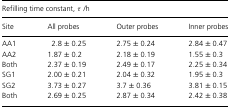
<table><thead><tr><td colspan="4"><b>Refilling time constant, τ/h</b></td></tr><tr><td><b>Site</b></td><td><b>All probes</b></td><td><b>Outer probes</b></td><td><b>Inner probes</b></td></tr></thead><tbody><tr><td>AA1</td><td>2.8 ± 0.25</td><td>2.75 ± 0.24</td><td>2.84 ± 0.47</td></tr><tr><td>AA2</td><td>1.87 ± 0.2</td><td>2.18 ± 0.19</td><td>1.55 ± 0.3</td></tr><tr><td>Both</td><td>2.37 ± 0.19</td><td>2.49 ± 0.17</td><td>2.25 ± 0.34</td></tr><tr><td>SG1</td><td>2.00 ± 0.21</td><td>2.04 ± 0.32</td><td>1.95 ± 0.3</td></tr><tr><td>SG2</td><td>3.73 ± 0.27</td><td>3.7 ± 0.36</td><td>3.81 ± 0.15</td></tr><tr><td>Both</td><td>2.69 ± 0.25</td><td>2.87 ± 0.34</td><td>2.42 ± 0.38</td></tr></tbody></table>